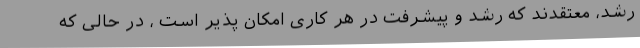
رشد، معتقدند که رشد و پیشرفت در هر کاری امکان پذیر است ، در حالی که